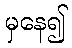
မှနေ၍